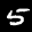
Label: 5